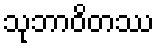
သုဘာဝိတဿ